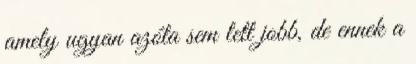
amely ugyan azóta sem lett jobb, de ennek a